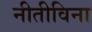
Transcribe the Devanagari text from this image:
नीतीविना